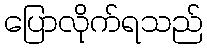
ပြောလိုက်ရသည်